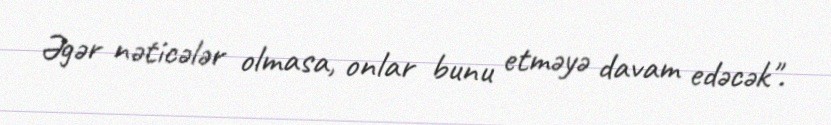
Əgər nəticələr olmasa, onlar bunu etməyə davam edəcək".